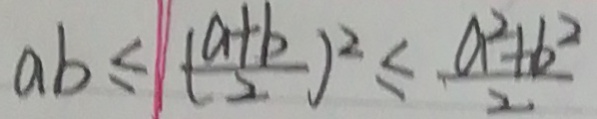
a b \leq ( \frac { a + b } { 2 } ) ^ { 2 } \leq \frac { a ^ { 2 } + b ^ { 2 } } { 2 }